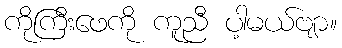
ကိုကြီးဖေကို ကူညီ ပါ့မယ်ဗျာ။